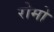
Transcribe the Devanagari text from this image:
रोमो